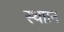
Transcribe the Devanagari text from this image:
स्थाान